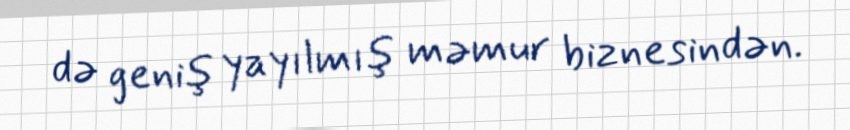
də geniş yayılmış məmur biznesindən.